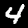
Label: 4